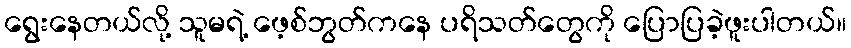
ရွေးနေတယ်လို့ သူမရဲ့ ဖေ့စ်ဘွတ်ကနေ ပရိသတ်တွေကို ပြောပြခဲ့ဖူးပါတယ်။